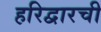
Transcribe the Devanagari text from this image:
हरिद्वारची